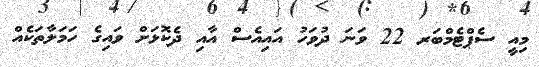
މިއީ ސެޕްޓެމްބަރ 22 ވަނަ ދުވަހު އައިއެސް އާއި ދެކޮޅަށް ވައިގެ ހަމަލާތަކެއް